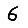
Digit: 6